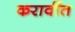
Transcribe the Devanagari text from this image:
करावींत